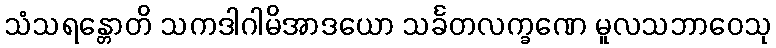
သံသရန္တောတိ သကဒါဂါမိအာဒယော သင်္ခတလက္ခဏေ မူလသဘာဝေသု